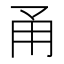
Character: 甬